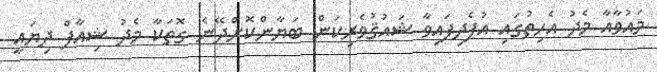
މައުވާއާ މެދު އެހިތުގައި އުފެދިފައިވާ ޝައުޤުވެރިކަން ބަޔާންކޮށްދޭނެ ގޮތަކާ މެދު ޝިއާފް ދިޔައީ